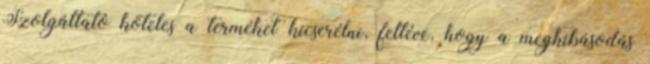
Szolgáltató köteles a terméket kicserélni, feltéve, hogy a meghibásodás